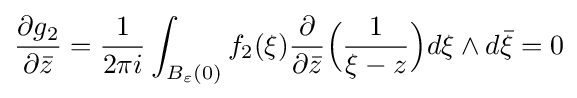
{\frac {\partial g_{2}}{\partial {\bar {z}}}}={\frac {1}{2\pi i}}\int _{B_{\varepsilon }(0)}f_{2}(\xi ){\frac {\partial }{\partial {\bar {z}}}}{\Big (}{\frac {1}{\xi -z}}{\Big )}d\xi \wedge d{\bar {\xi }}=0